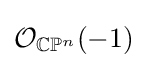
{\mathcal {O}}_{\mathbb {C} \mathbb {P} ^{n}}(-1)